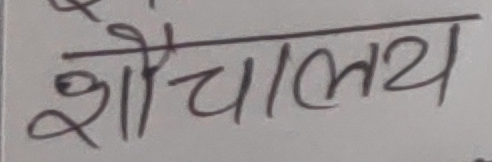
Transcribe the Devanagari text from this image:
शैचालय